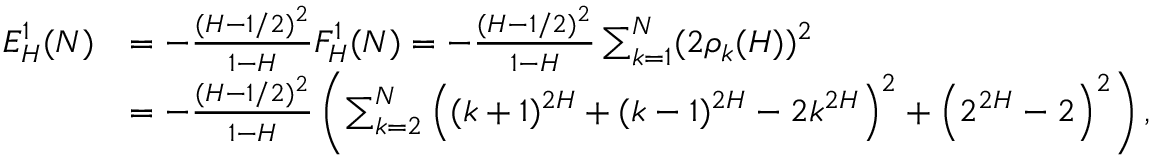
\begin{array} { r l } { E _ { H } ^ { 1 } ( N ) } & { = - \frac { ( H - 1 / 2 ) ^ { 2 } } { 1 - H } F _ { H } ^ { 1 } ( N ) = - \frac { ( H - 1 / 2 ) ^ { 2 } } { 1 - H } \sum _ { k = 1 } ^ { N } ( 2 \rho _ { k } ( H ) ) ^ { 2 } } \\ & { = - \frac { ( H - 1 / 2 ) ^ { 2 } } { 1 - H } \left( \sum _ { k = 2 } ^ { N } \left( ( k + 1 ) ^ { 2 H } + ( k - 1 ) ^ { 2 H } - 2 k ^ { 2 H } \right) ^ { 2 } + \left( 2 ^ { 2 H } - 2 \right) ^ { 2 } \right) , } \end{array}